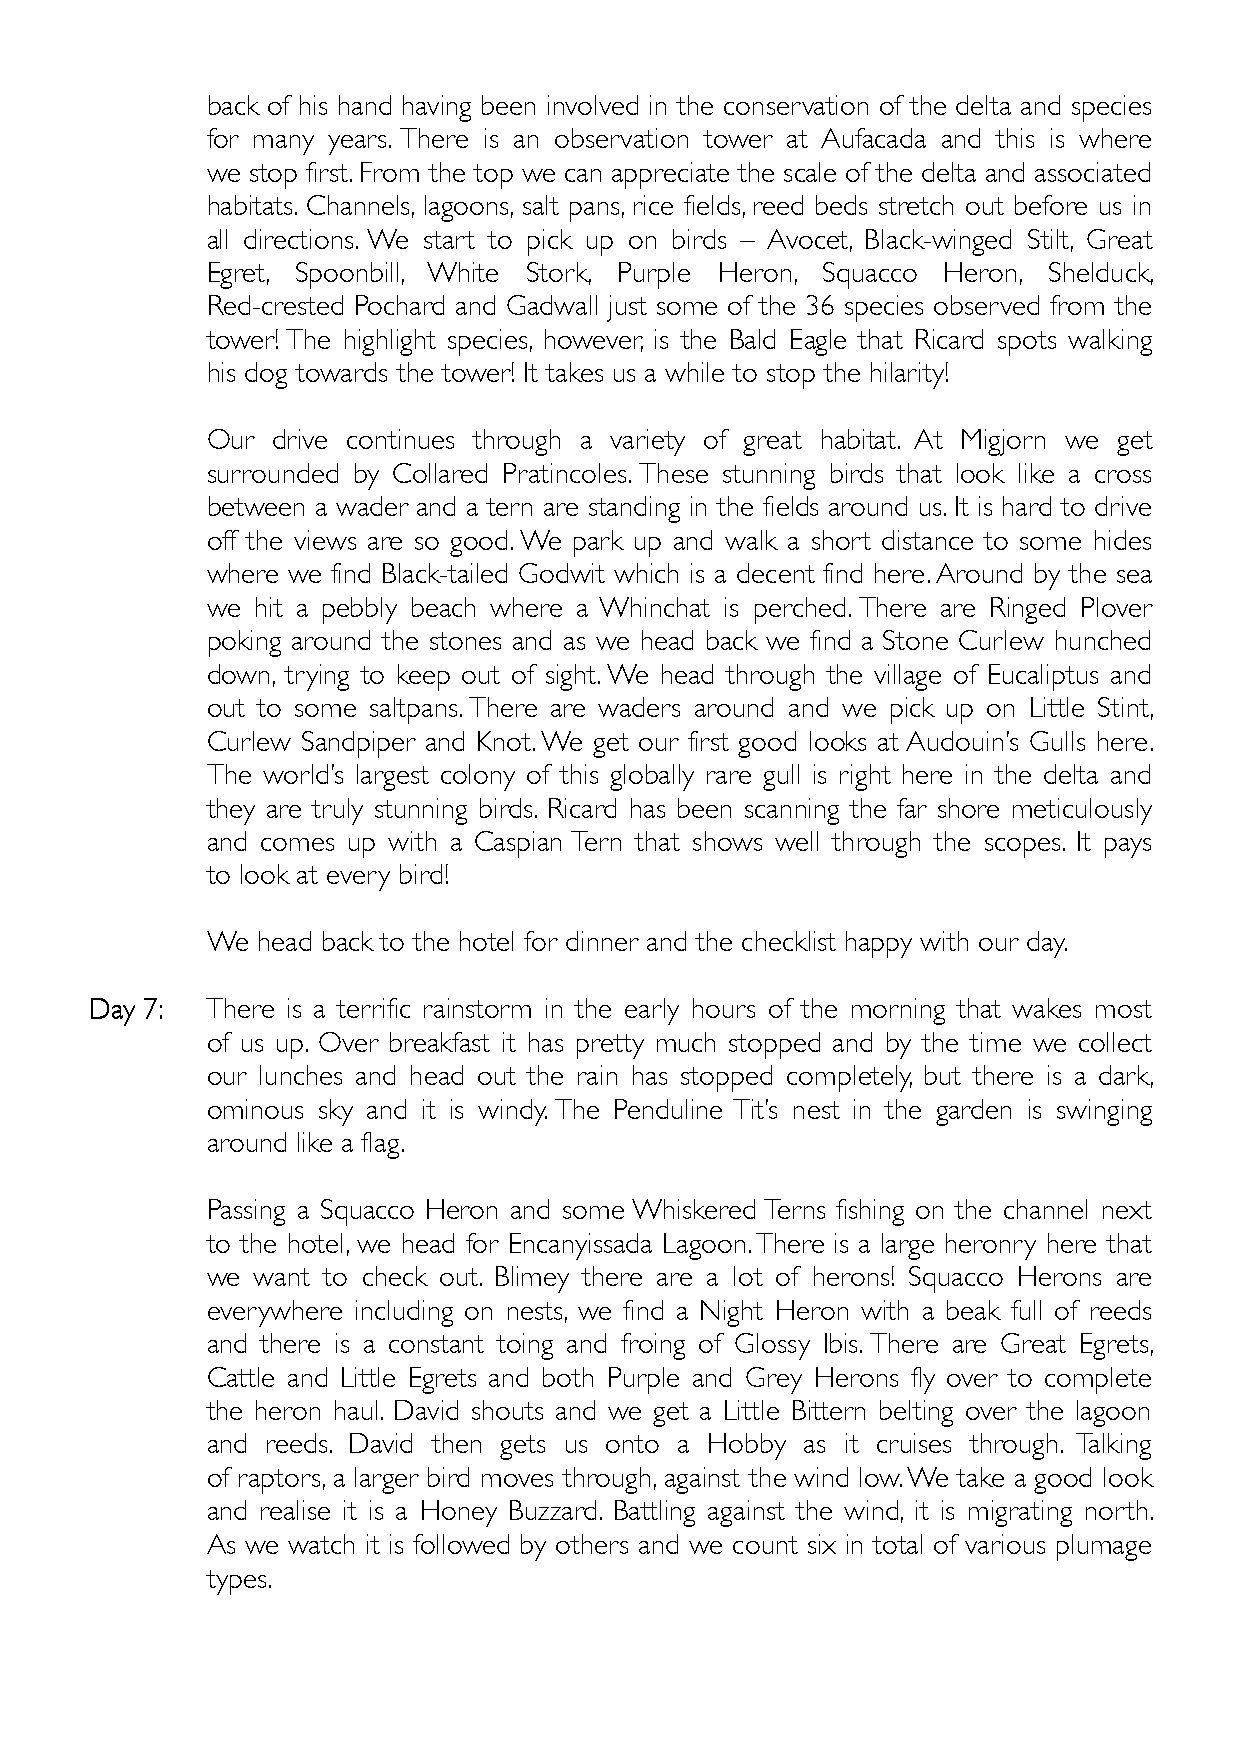
back of his hand having been involved in the conservation of the delta and species
 for many years. There is an observation tower at Aufacada and this is where
 we stop first. From the top we can appreciate the scale of the delta and associated
 habitats. Channels, lagoons, salt pans, rice fields, reed beds stretch out before us in
 all directions. We start to pick up on birds – Avocet, Black-winged Stilt, Great
 Egret, Spoonbill, White Stork, Purple Heron, Squacco Heron, Shelduck,
 Red-crested Pochard and Gadwall just some of the 36 species observed from the
 tower! The highlight species, however, is the Bald Eagle that Ricard spots walking
 his dog towards the tower! It takes us a while to stop the hilarity!
 Our drive continues through a variety of great habitat. At Migjorn we get
 surrounded by Collared Pratincoles. These stunning birds that look like a cross
 between a wader and a tern are standing in the fields around us. It is hard to drive
 off the views are so good. We park up and walk a short distance to some hides
 where we find Black-tailed Godwit which is a decent find here. Around by the sea
 we hit a pebbly beach where a Whinchat is perched. There are Ringed Plover
 poking around the stones and as we head back we find a Stone Curlew hunched
 down, trying to keep out of sight. We head through the village of Eucaliptus and
 out to some saltpans. There are waders around and we pick up on Little Stint,
 Curlew Sandpiper and Knot. We get our first good looks at Audouin’s Gulls here.
 The world’s largest colony of this globally rare gull is right here in the delta and
 they are truly stunning birds. Ricard has been scanning the far shore meticulously
 and comes up with a Caspian Tern that shows well through the scopes. It pays
 to look at every bird!
 We head back to the hotel for dinner and the checklist happy with our day.
 DDDDaaaayyyy 7777:::: There is a terrific rainstorm in the early hours of the morning that wakes most
 of us up. Over breakfast it has pretty much stopped and by the time we collect
 our lunches and head out the rain has stopped completely, but there is a dark,
 ominous sky and it is windy. The Penduline Tit’s nest in the garden is swinging
 around like a flag.
 Passing a Squacco Heron and some Whiskered Terns fishing on the channel next
 to the hotel, we head for Encanyissada Lagoon. There is a large heronry here that
 we want to check out. Blimey there are a lot of herons! Squacco Herons are
 everywhere including on nests, we find a Night Heron with a beak full of reeds
 and there is a constant toing and froing of Glossy Ibis. There are Great Egrets,
 Cattle and Little Egrets and both Purple and Grey Herons fly over to complete
 the heron haul. David shouts and we get a Little Bittern belting over the lagoon
 and reeds. David then gets us onto a Hobby as it cruises through. Talking
 of raptors, a larger bird moves through, against the wind low. We take a good look
 and realise it is a Honey Buzzard. Battling against the wind, it is migrating north.
 As we watch it is followed by others and we count six in total of various plumage
 types.